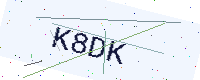
Text: K8DK